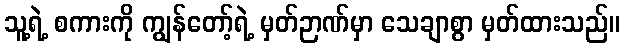
သူ့ရဲ့ စကားကို ကျွန်တော့်ရဲ့ မှတ်ဉာဏ်မှာ သေချာစွာ မှတ်ထားသည်။